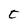
Character: t